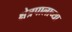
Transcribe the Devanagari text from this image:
क्षेत्रपालाच्या